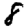
Digit: 8